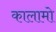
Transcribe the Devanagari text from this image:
कालामो